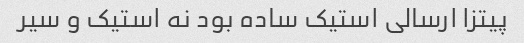
پیتزا ارسالی استیک ساده بود نه استیک و سیر